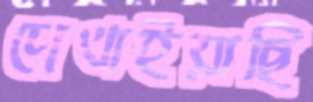
দেখাইয়াছি